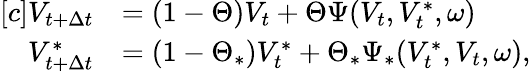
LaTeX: \begin{array}{r}{\begin{array}{rl}{[c]V_{t+\Delta{t}}}&{=(1-\Theta)V_{t}+\Theta\Psi(V_{t},V_{t}^{\ast},\omega)}\\ {V_{t+\Delta{t}}^{\ast}}&{=(1-\Theta_{\ast})V_{t}^{\ast}+\Theta_{\ast}\Psi_{\ast}(V_{t}^{\ast},V_{t},\omega),}\end{array}}\end{array}